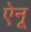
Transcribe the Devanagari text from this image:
ऐनू